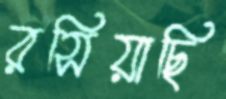
রসিয়াছি